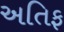
અતિફ